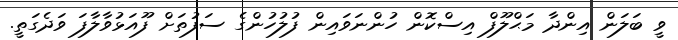
ވީ ބަލަން އިންދާ މަޙްލޫފް އިސްކޮން ހުންނަވައިން ފުލުހުންގެ ސަފުތަށް ފޫއަޅުވާލާފަ ވަދެގަތީ.